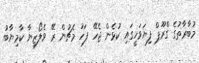
މުބާރާތުގެ ގްރޫޕް ފިޔަވަހީގައި ކުޅެން ޖެހޭ ފަހު މެޗުން ރޭ ވެލޯޒިޔާ ކާމިޔާބު